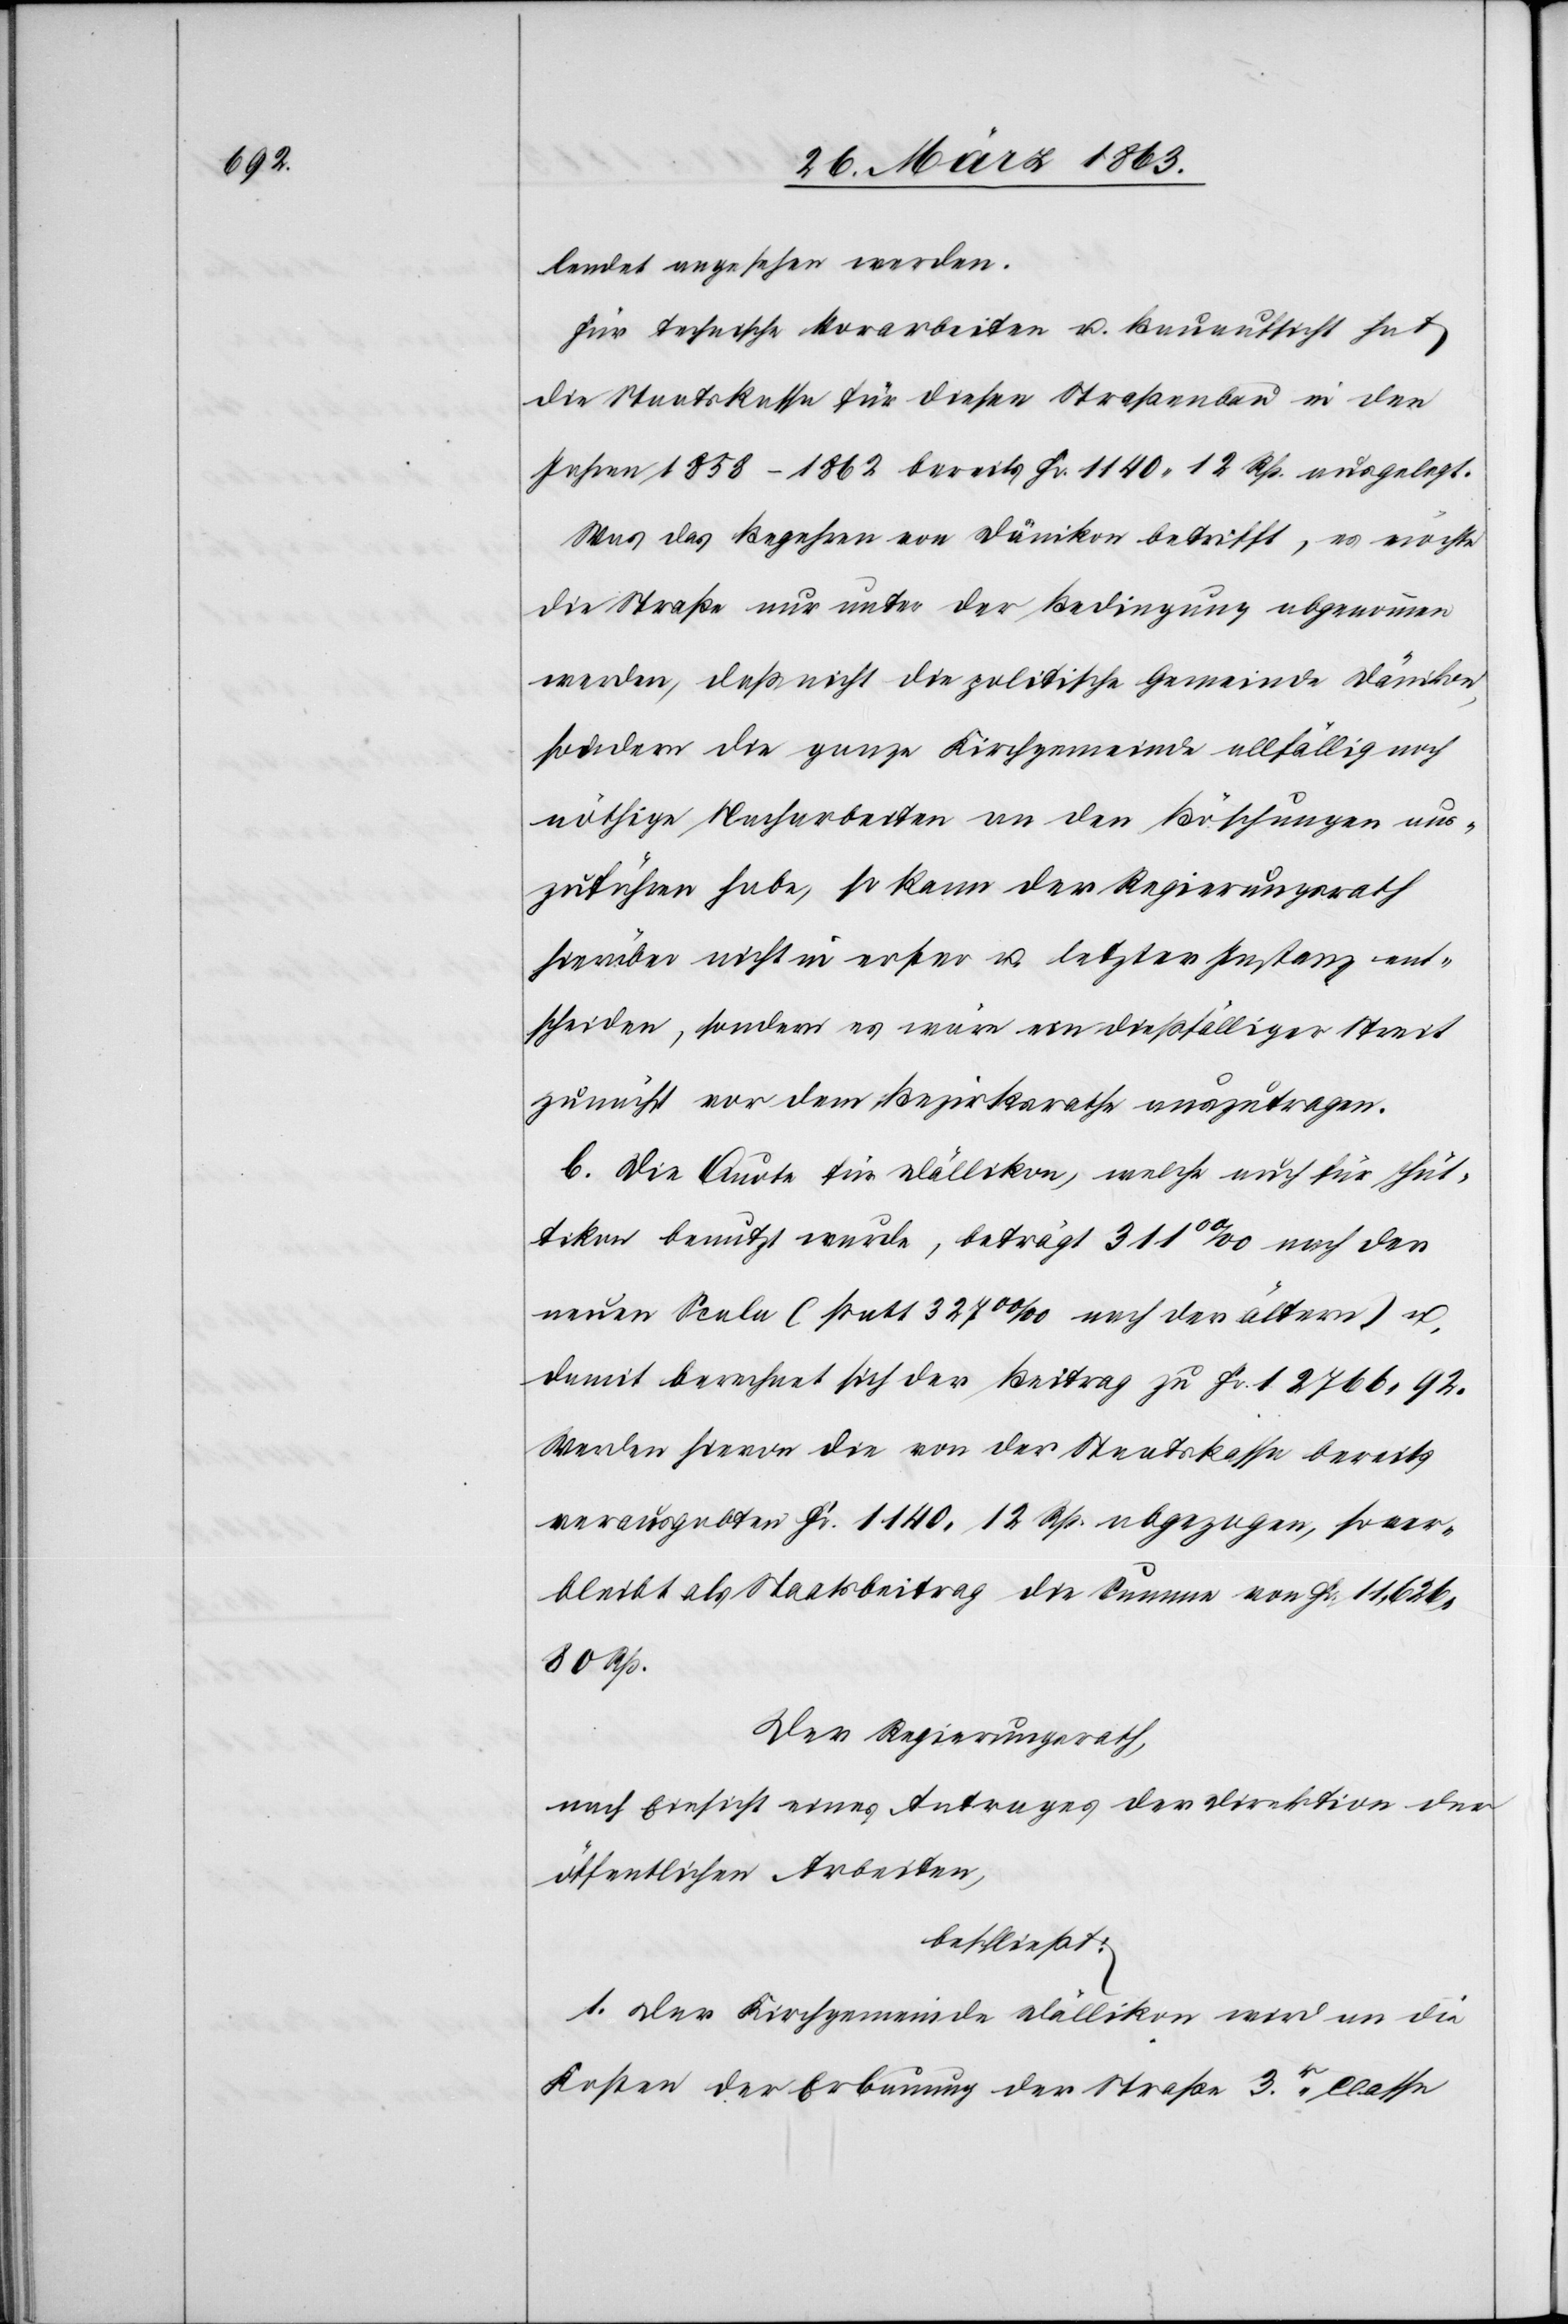
lendet angesehen werden.
Für technische Vorarbeiten u. Bauaufsicht hat
die Staatskasse für diesen Straßenbau in den
Jahren 1858–1862 bereits Fr. 1140. 12 Rp. ausgelegt.
Was das Begehren von Dänikon betrifft, es möchte
die Straße nur unter der Bedingung abgenommen
werden, daß nicht die politische Gemeinde Dänikon,
sondern die ganze Kirchgemeinde allfällig noch
nöthige Nacharbeiten an den Böschungen aus¬
zuführen habe, so kann der Regierungsrath
hierüber nicht in erster u. letzter Instanz ent¬
scheiden, sondern es wäre ein dießfälliger Streit
zunächst vor dem Bezirksrathe auszutragen.
b. Die Quote für Dällikon, welche auch für Hüt¬
tikon benutzt wurde, beträgt 311 00/00 [recte: ‰] nach der
neuen Scala (statt 327 00/00 [recte: ‰] nach der ältern) u.
damit berechnet sich der Beitrag zu Fr. 12 766. 92.
Werden hievon die von der Staatskasse bereits
verausgabten Fr. 1140. 12 Rp. abgezogen, so ver¬
bleibt als Staatsbeitrag die Summe von Fr. 11,626.
80 Rp.
Der Regierungsrath,
nach Einsicht eines Antrages der Direktion der
öffentlichen Arbeiten,
beschließt:
1. Der Kirchgemeinde Dällikon wird an die
Kosten der Erbauung der Straße 3r. Classe